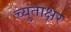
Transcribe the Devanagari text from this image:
च्युताक्षर